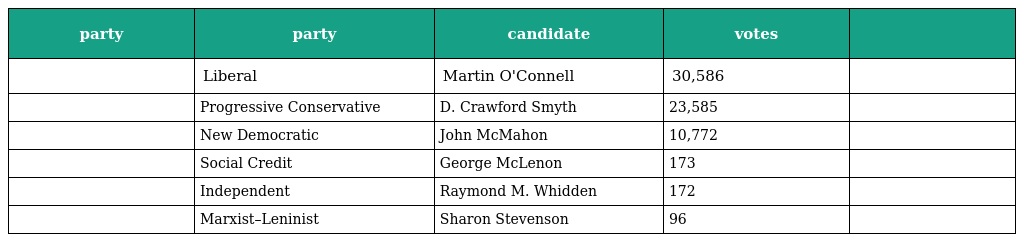
| party | party | candidate | votes |  |
 | --- | --- | --- | --- | --- |
 |  | Liberal | Martin O'Connell | 30,586 |  |
 |  | Progressive Conservative | D. Crawford Smyth | 23,585 |  |
 |  | New Democratic | John McMahon | 10,772 |  |
 |  | Social Credit | George McLenon | 173 |  |
 |  | Independent | Raymond M. Whidden | 172 |  |
 |  | Marxist–Leninist | Sharon Stevenson | 96 |  |